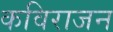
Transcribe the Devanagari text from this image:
कविराजन